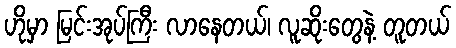
ဟိုမှာ မြင်းအုပ်ကြီး လာနေတယ်၊ လူဆိုးတွေနဲ့ တူတယ်